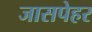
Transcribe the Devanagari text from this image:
जासपेहर